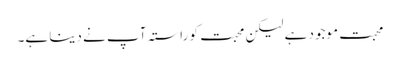
محبت موجود ہے لیکن محبت کو راستہ آپ نے دینا ہے۔